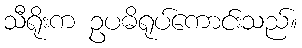
သီရိုးက ဥပဓိရုပ်ကောင်းသည်။